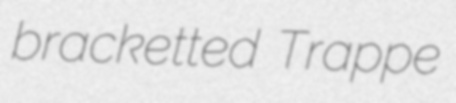
bracketted Trappe